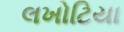
લખોટિયા